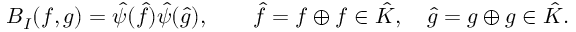
B _ { I } ( f , g ) = \hat { \psi } ( \hat { f } ) \hat { \psi } ( \hat { g } ) , \qquad \hat { f } = f \oplus f \in \hat { \cal K } , \quad \hat { g } = g \oplus g \in \hat { \cal K } .